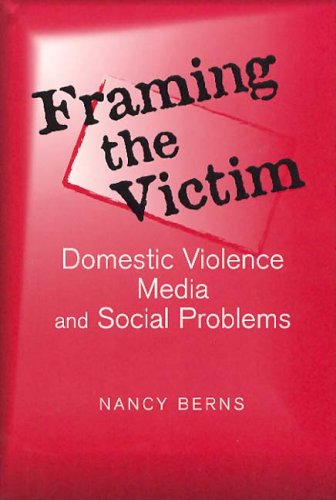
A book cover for Framing the Victim: Domestic Violence Media and Social Problems (Social Problems and Social Issues); Nancy S. Berns; Crafts, Hobbies & Home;